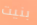
بنيت